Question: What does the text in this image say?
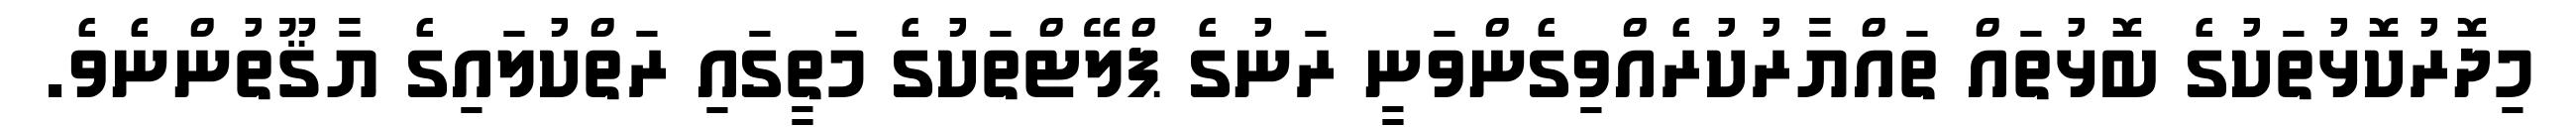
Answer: މިދޮރުކޮޅުތަކުގެ ބޮޅުތައް ތައްޔާރުކުރެއްވިގެންވަނީ ރަނުގެ ޕްލޭޓްތަކުގެ މަތީގައި ރަތްކުލައިގެ ޔާޤޫތުންނެވެ.